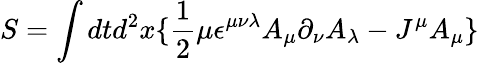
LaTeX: S=\int dtd^{2}x\lbrace\frac{1}{2}\mu\epsilon^{\mu\nu\lambda}A_{\mu}\partial_{\nu}A_{\lambda}-J^{\mu}A_{\mu}\rbrace